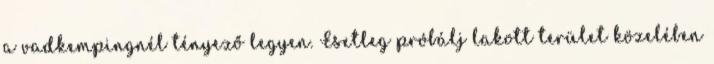
a vadkempingnél tényező legyen. Esetleg próbálj lakott terület közelében